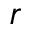
r